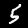
Digit: 5